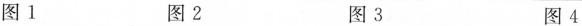
图 1 图 2 图 3 图 4